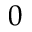
0